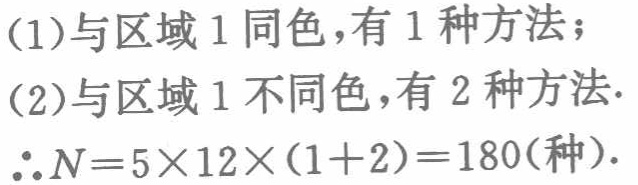
(1)与区域1同色，有1种方法；
(2)与区域1不同色，有2种方法.
$\therefore N = 5\times12\times(1 + 2)=180(种).$